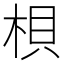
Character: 梖